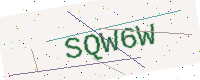
Text: SQW6W